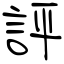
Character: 評